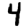
Digit: 4